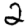
Digit: 2